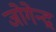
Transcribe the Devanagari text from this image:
जोगेन्द्र